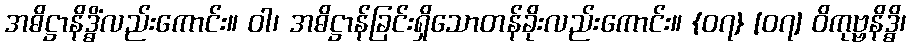
အဓိဋ္ဌာနိဒ္ဓိံလည်းကောင်း။ ဝါ၊ အဓိဋ္ဌာန်ခြင်းရှိသောတန်ခိုးလည်းကောင်း။ {၀၇} [၀၇] ဝိကုဗ္ဗနိဒ္ဓိ၊